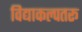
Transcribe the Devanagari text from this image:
विद्याकल्पतरू